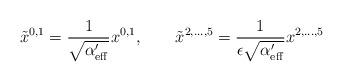
LaTeX: \begin{align*}\tilde{x}^{0,1}=\frac{1}{\sqrt{\alpha ^{\prime }_{\rm eff}}}x^{0,1},\qquad \tilde{x}^{2,\ldots,5}=\frac{1}{\epsilon \sqrt{\alpha ^{\prime }_{\rm eff}}}x^{2,\ldots,5}\end{align*}